Vaccination in Bombay 1913-1923 - 1913-1923
Year: 1913
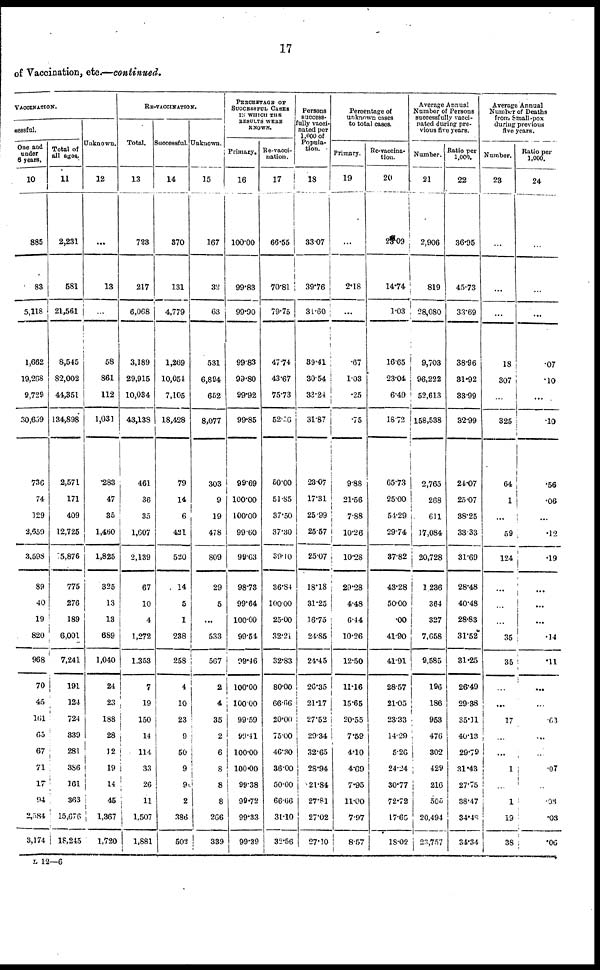
17
of Vaccination, etc.—continued.
VACCINATION.
cessful.
One and
under
6 years.
10
885
83
5,118
1,662
19,268
9,729
30,659
736
74
129
2,659
3,598
89
40
19
820
968
70
45
161
65
67
71
17
94
2,584
3,174
Total of
all ages.
11
2,231
581
21,561
8,545
82,002
44,351
134,898
2,571
171
409
12,725
5,876
775
276
189
6,001
7,241
191
124
724
339
281
386
161
363
15,676
18,245
Unknown.
12
...
13
...
58
861
112
1,031
283
47
35
1,460
1,825
325
13
13
689
1,040
24
23
188
28
12
19
14
45
1,367
1,720
RE-VACCINATION.
Total.
13
723
217
6,068
3,189
29,915
10,034
43,138
461
36
35
1,607
2,139
67
10
4
1,272
1,353
7
19
150
14
114
33
26
11
1,507
1,881
Successful.
14
370
131
4,779
1,269
10,054
7,105
18,428
79
14
6
421
520
14
5
1
238
258
4
10
23
9
50
9
9
2
386
502
Unknown.
15
167
32
63
531
6,894
652
8,077
303
9
19
478
809
29
5
...
533
567
2
4
35
2
6
8
8
8
266
339
PERCENTAGE OF
SUCCESSFUL CASES
IN WHICH THE
RESULTS WERE
KNOWN.
Primary.
16
100.00
99.83
99.90
99.83
99.80
99.92
99.85
99.69
100.00
100.00
99.60
99.63
98.73
99.64
100.00
99.54
99.46
100.00
100.00
99.59
99.41
100.00
100.00
99.38
99.72
99.33
99.39
Re-vacci-
nation.
17
66.55
70.81
79.75
47.74
43.67
75.73
52.56
50.00
51.85
37.50
37.30
39.10
36.84
100.00
25.00
32.21
32.83
80.00
66.66
20.00
75.00
46.30
36.00
50.00
66.66
31.10
32.56
Persons
success-
fully vacci-
nated per
1,000 of
Popula-
tion.
18
33.07
39.76
31.60
39.41
30.54
33.24
31.87
23.07
17.31
25.99
25.57
25.07
18.18
31.25
16.75
24.85
24.45
26.35
21.17
27.52
29.34
32.65
28.94
21.84
27.81
27.02
27.10
Percentage of
unknown cases
to total cases.
Primary.
19
...
2.18
...
.67
1.03
.25
.75
9.88
21.56
7.88
10.26
10.28
29.28
4.48
6.44
10.26
12.50
11.16
15.65
20.55
7.59
4.10
4.69
7.95
11.00
7.97
8.57
Re-vaccina-
tion.
20
23.09
14.74
1.03
16.65
23.04
6.49
18.72
65.73
25.00
54.29
29.74
37.82
43.28
50.00
.00
41.90
41.91
28.57
21.05
23.33
14.29
5.26
24.24
30.77
72.72
17.65
18.02
Average Annual
Number of Persons
successfully vacci-
nated during pre-
vious five years.
Number.
21
2,906
819
28,080
9,703
96,222
52,613
158,538
2,765
268
611
17,084
20,728
1,236
364
327
7,658
9,585
196
186
953
476
302
429
216
505
20,494
23,757
Ratio per
1,000.
22
36.95
45.73
33.69
38.96
31.92
33.99
32.99
24.07
25.07
38.25
33.33
31.69
28.48
40.48
28.83
31.52
31.25
26.49
29.38
35.31
40.13
29.79
31.43
27.75
38.47
34.48
34.34
Average Annual
Number of Deaths
from Small-pox
during previous
five years.
Number.
23
...
...
...
18
307
...
325
64
1
...
59
124
...
...
...
35
35
...
...
17
...
...
1
...
1
19
38
Ratio per
1,000.
24
...
...
...
.07
.10
...
.10
.56
.06
...
.12
.19
...
...
...
.14
.11
...
...
.63
...
...
.97
...
.08
.03
.06
L 12—6